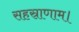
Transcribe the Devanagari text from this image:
सहस्राणाम।